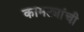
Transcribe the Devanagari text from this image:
कामट्यांची